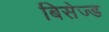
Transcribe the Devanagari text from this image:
बिसेज्ड